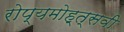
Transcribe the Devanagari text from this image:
रोप्यमोह्त्सवी